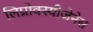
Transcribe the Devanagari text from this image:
लिप्रोक्स्यीजेनेस